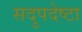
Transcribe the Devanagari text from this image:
सदुपदेष्टा